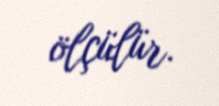
ölçülür.